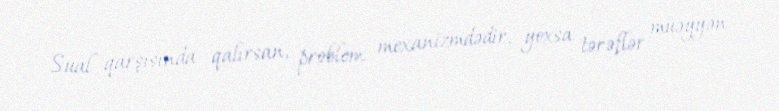
Sual qarşısında qalırsan, problem mexanizmdədir, yoxsa tərəflər müəyyən